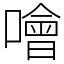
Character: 噲